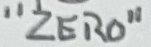
Text: "ZERO"